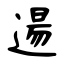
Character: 逿